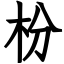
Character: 枌